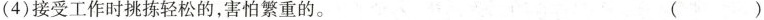
(4)接受工作时挑拣轻松的，害怕繁重的。 ( )